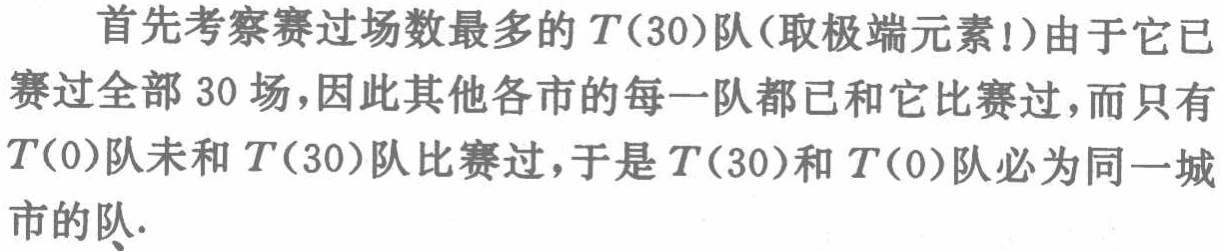
首先考察赛过场数最多的\(T(30)\)队(取极端元素!)由于它已赛过全部 \(30\)场，因此其他各市的每一队都已和它比赛过，而只有\(T(0)\)队未和 \(T(30)\)队比赛过，于是 \(T(30)\)和 \(T(0)\)队必为同一城市的队.